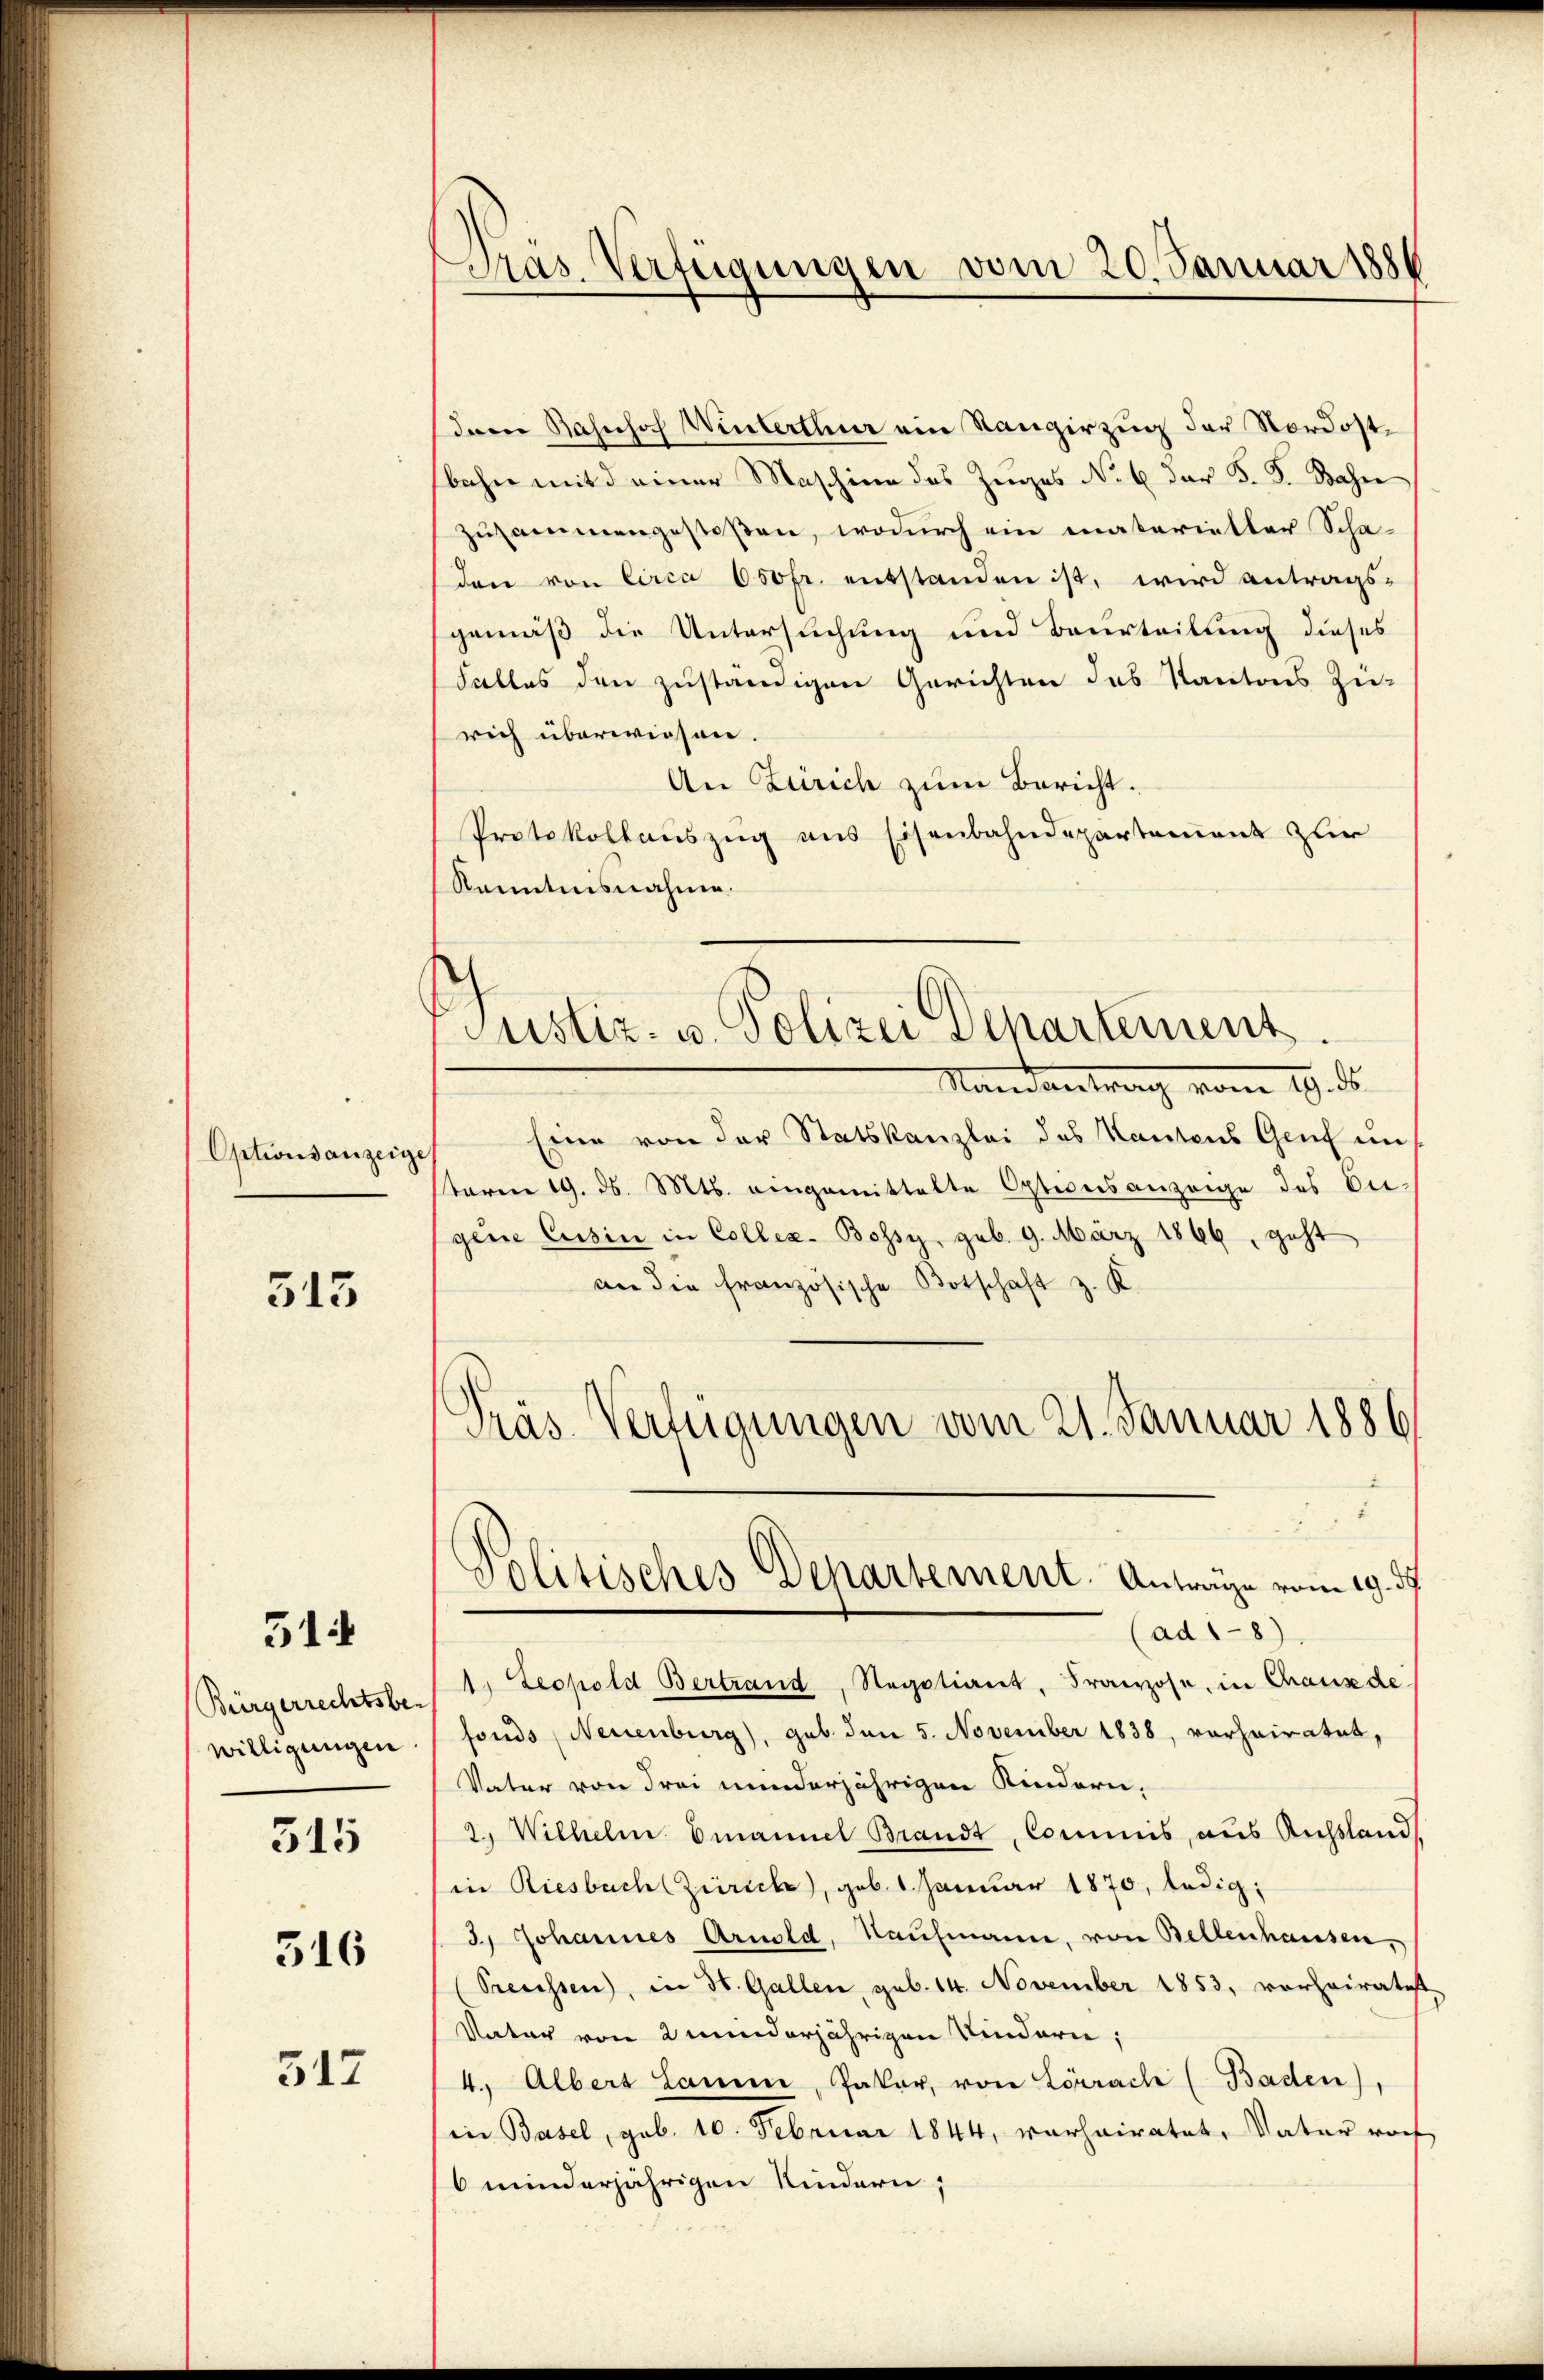
Optionsanzeige

513

514

Bürgerrechtsbe-
willigungen

315

316

512

Pras. Verfügungen vom 20. Januar 1886

Justiz- u. Polizei Departement.

dem Bahnhof Winterthur ein Rangirzug der Nordostbahn mit einer Maschine des Zuges N. 6 der F. J. Bahre
zusammengestoßen, wodurch ein materieller Schaden von Circa 650fr. entstanden ist, wird antrags-
gemäß die Untersuchung und Beurteilung dieses
Falles den zuständigen Gerichten das Kantons Zie-
rich überwiesen.
An Zürich zum Bericht.
Protokollauszug aus Eisenbahndepartament zur
Kenntnisnahme.
Randantrag vom 19. ds.
Eine von der Statskanzlei des Kantons Genf in
sterm 19. ds. Mts. eingemittelte Optionsanzeige des Er-
gene Cusin in Collen. Bossy, geb. 9. März 1866, geht
an die französische Botschaft z. K.
Präs. Verfügungen vom 21. Januar 1886
Politisches Departement. Anträge vom 19. 37
(ad 1-8)
11. Leopold Bertrand, Regotiant, Franzose, in Chaux de
fonds (Neuenburg), geb. den 5. November 1838, verheiratus,
Vater von drei minderjährigen Kindern,
2.) Wilhelm Emanuel Brandt, Commis, aus Russland
in Riesbach (Zürich, geb. 1. Januar 1870, ledig
3) Johannes Arnold, Kaufmann, von Bellenhausen,
(Trecessen), in St. Gallen, sub. 14. November 1853, vorheiratet
Vater von 2 minderjährigen Kindern;
4. Albers Lamm, Paker, von Lörrach (Baden),
in Basel, geb. 10. Februar 1844, vorheiratet, Vater noch
6minderjährigen Kindern;